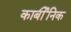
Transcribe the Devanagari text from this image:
कार्बीनिक